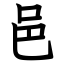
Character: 邑